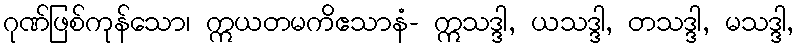
ဂုဏ်ဖြစ်ကုန်သော၊ ဣယတမကိဧသာနံ- ဣသဒ္ဒါ, ယသဒ္ဒါ, တသဒ္ဒါ, မသဒ္ဒါ,